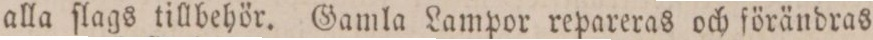
alla ſlags tillbehör. Gamla Lampor repareras och förändras